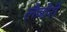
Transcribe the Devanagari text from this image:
लैबोरी